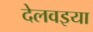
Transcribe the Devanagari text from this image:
देलवइया